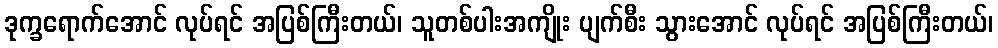
ဒုက္ခရောက်အောင် လုပ်ရင် အပြစ်ကြီးတယ်၊ သူတစ်ပါးအကျိုး ပျက်စီး သွားအောင် လုပ်ရင် အပြစ်ကြီးတယ်၊